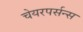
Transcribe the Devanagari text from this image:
चेयरपर्सन्स